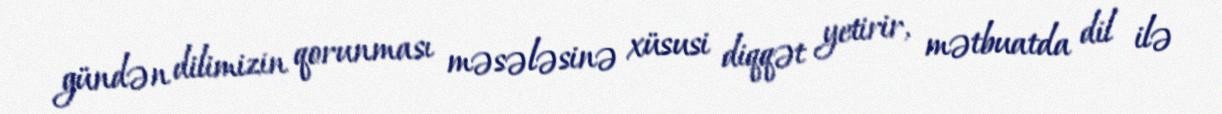
gündən dilimizin qorunması məsələsinə xüsusi diqqət yetirir, mətbuatda dil ilə